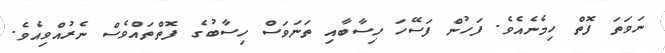
ނަވަތަ ފޮތް ހިމެނެއެވެ. ފަހުން ފަސޭހަ ހިސާބާއި ތަނަވަސް ހިސާބުގެ ފޮތްތައްވެސް ނެރުއްވިއެވެ.